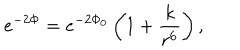
e ^ { - 2 \Phi } = e ^ { - 2 \Phi _ { 0 } } \left( 1 + \frac { k } { r ^ { 6 } } \right) ,